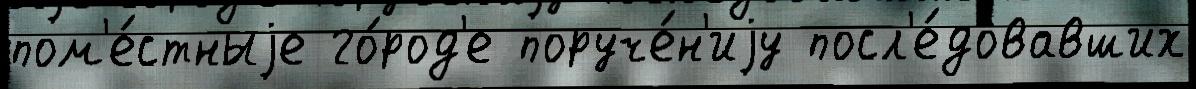
пом'е́стныjе го́род'е поруче́н'иjу посл'е́довавших